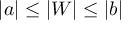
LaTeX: \vert a \vert \le \vert W \vert \le \vert b \vert